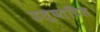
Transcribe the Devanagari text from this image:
उत्घाटित